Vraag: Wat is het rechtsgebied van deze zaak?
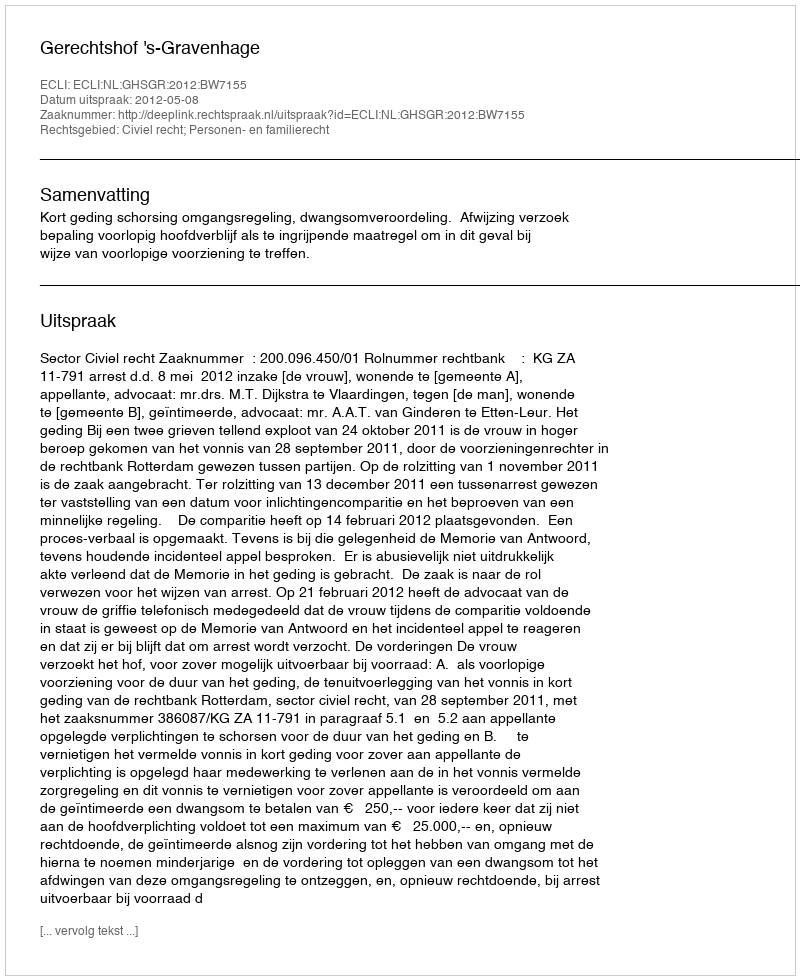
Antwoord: Civiel recht; Personen- en familierecht